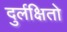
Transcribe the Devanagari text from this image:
दुर्लक्षितो